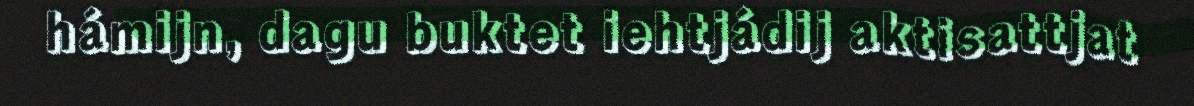
hámijn, dagu buktet iehtjádij aktisattjat